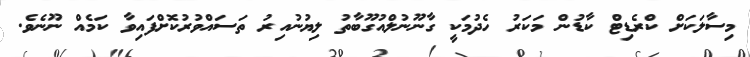
މިސާލަކަށް ކްރެޑިޓް ކާޑުން މަކަރު ހެދުމަކީ ގާނޫނުލްއުގޫބާތު ލިޔުނުއިރު ތަސައްވުރުކޮށްފައިވާ ކަމެއް ނޫނެވެ.